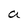
Character: a